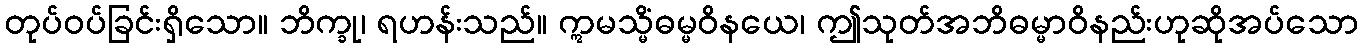
တုပ်ဝပ်ခြင်းရှိသော။ ဘိက္ခု၊ ရဟန်းသည်။ ဣမသ္မိံဓမ္မဝိနယေ၊ ဤသုတ်အဘိဓမ္မာဝိနည်းဟုဆိုအပ်သော